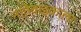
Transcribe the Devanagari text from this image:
नातेवाइकाला